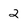
Character: 2